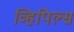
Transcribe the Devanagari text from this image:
व्हिपिल्स